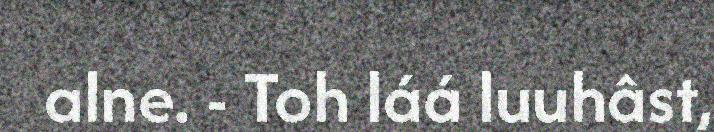
alne. - Toh láá luuhâst,